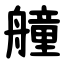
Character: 艟